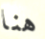
هنا